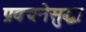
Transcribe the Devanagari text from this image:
प्रवचनेसुद्धा